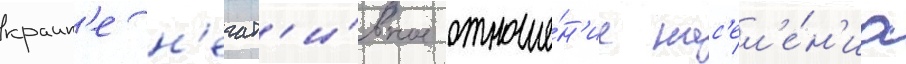
краин'е н'егат'и́вное отноше́н'ие нас'ел'е́н'иа